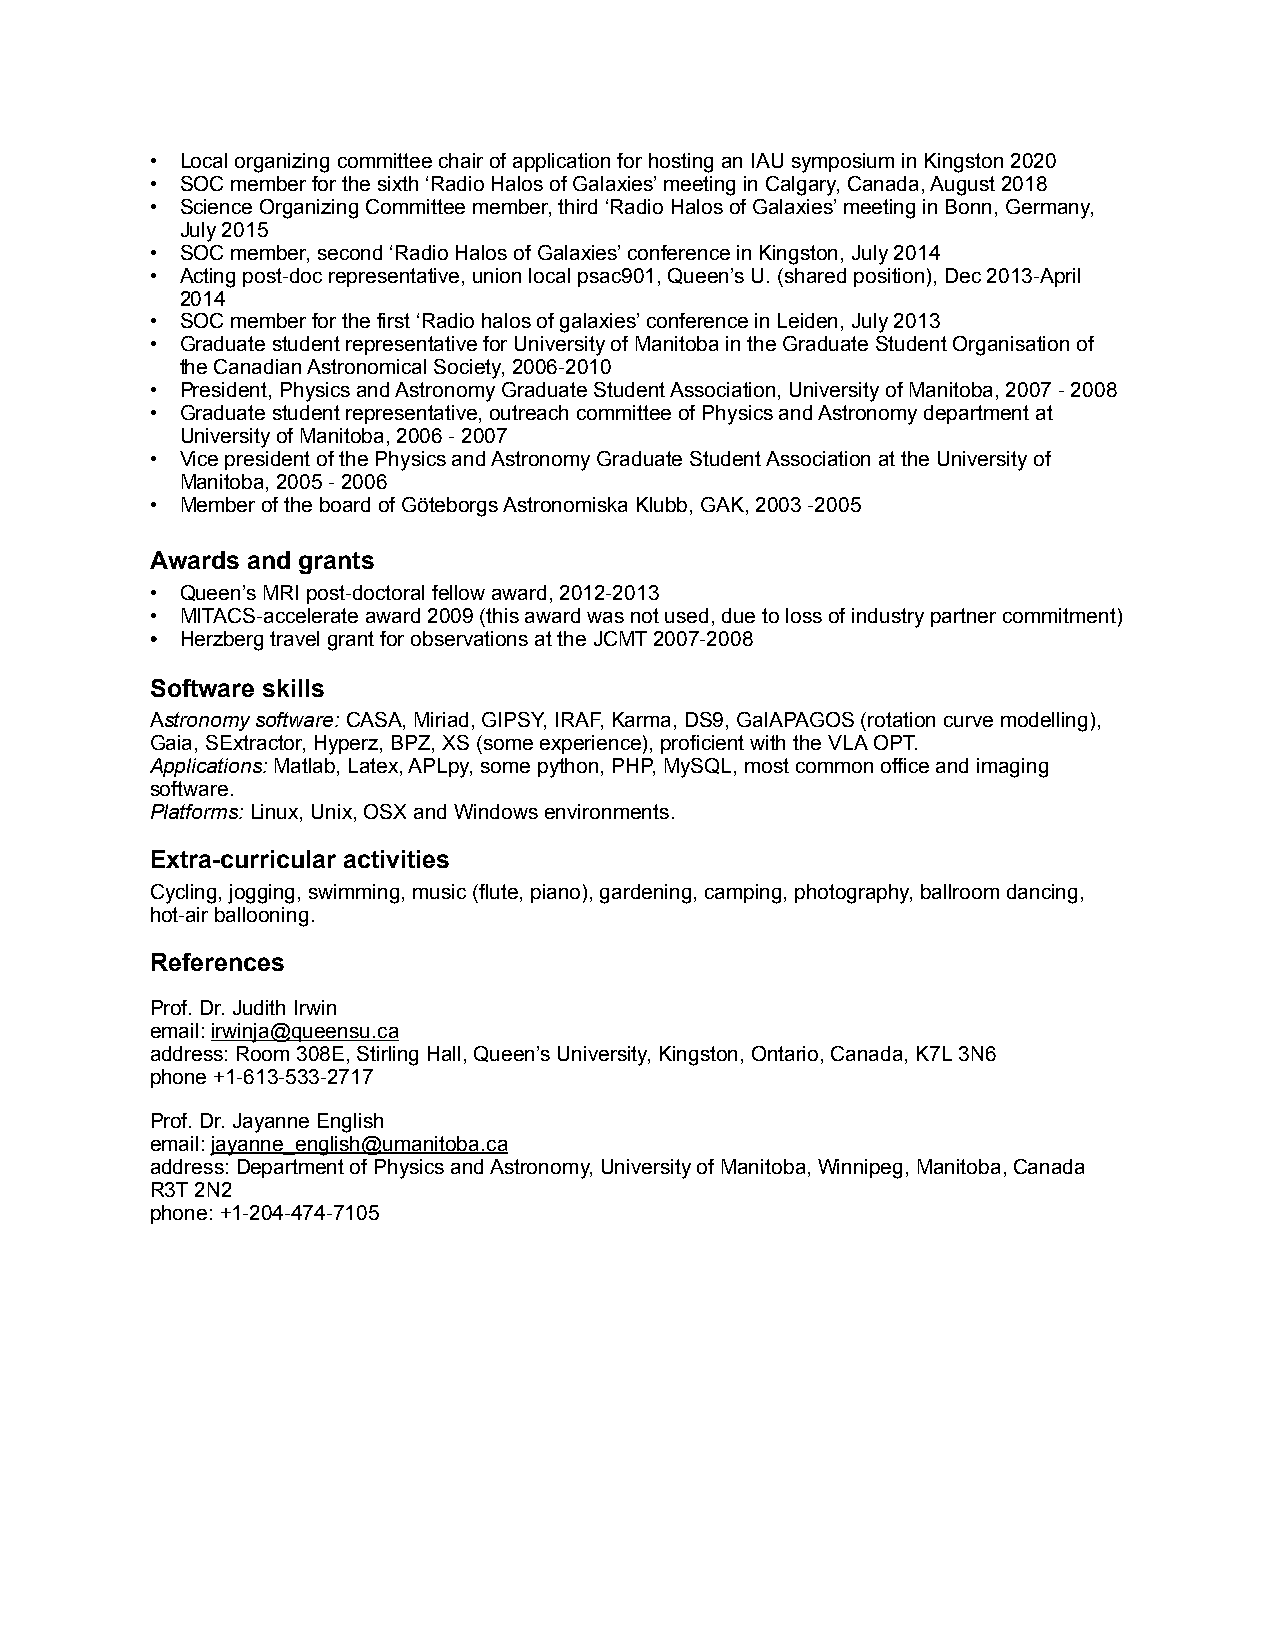
• Local organizing committee chair of application for hosting an IAU symposium in Kingston 2020
 • SOC member for the sixth ‘Radio Halos of Galaxies’ meeting in Calgary, Canada, August 2018
 • Science Organizing Committee member, third ‘Radio Halos of Galaxies’ meeting in Bonn, Germany,
 July 2015
 • SOC member, second ‘Radio Halos of Galaxies’ conference in Kingston, July 2014
 • Acting post-doc representative, union local psac901, Queen’s U. (shared position), Dec 2013-April
 2014
 • SOC member for the first ‘Radio halos of galaxies’ conference in Leiden, July 2013
 • Graduate student representative for University of Manitoba in the Graduate Student Organisation of
 the Canadian Astronomical Society, 2006-2010
 • President, Physics and Astronomy Graduate Student Association, University of Manitoba, 2007 - 2008
 • Graduate student representative, outreach committee of Physics and Astronomy department at
 University of Manitoba, 2006 - 2007
 • Vice president of the Physics and Astronomy Graduate Student Association at the University of
 Manitoba, 2005 - 2006
 • Member of the board of Göteborgs Astronomiska Klubb, GAK, 2003 -2005
 Awards and grants
 • Queen’s MRI post-doctoral fellow award, 2012-2013
 • MITACS-accelerate award 2009 (this award was not used, due to loss of industry partner commitment)
 • Herzberg travel grant for observations at the JCMT 2007-2008
 Software skills
 Astronomy software: CASA, Miriad, GIPSY, IRAF, Karma, DS9, GalAPAGOS (rotation curve modelling),
 Gaia, SExtractor, Hyperz, BPZ, XS (some experience), proficient with the VLA OPT.
 Applications: Matlab, Latex, APLpy, some python, PHP, MySQL, most common office and imaging
 software.
 Platforms: Linux, Unix, OSX and Windows environments.
 Extra-curricular activities
 Cycling, jogging, swimming, music (flute, piano), gardening, camping, photography, ballroom dancing,
 hot-air ballooning.
 References
 Prof. Dr. Judith Irwin
 email: irwinja@queensu.ca
 address: Room 308E, Stirling Hall, Queen’s University, Kingston, Ontario, Canada, K7L 3N6
 phone +1-613-533-2717
 Prof. Dr. Jayanne English
 email: jayanne_english@umanitoba.ca
 address: Department of Physics and Astronomy, University of Manitoba, Winnipeg, Manitoba, Canada
 R3T 2N2
 phone: +1-204-474-7105